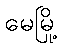
မေမြို့